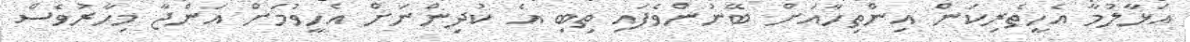
އަޅާލުމާ އެހީތެރިކަން އިންތިހާއަށް ބޭނުންވެފައި ތިބި އެ ކުދިންނަށް އެހީވުމަށް އަންޖާ މިހާރުވެސް